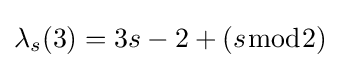
\lambda _{s}(3)=3s-2+(s{\bmod {2}})